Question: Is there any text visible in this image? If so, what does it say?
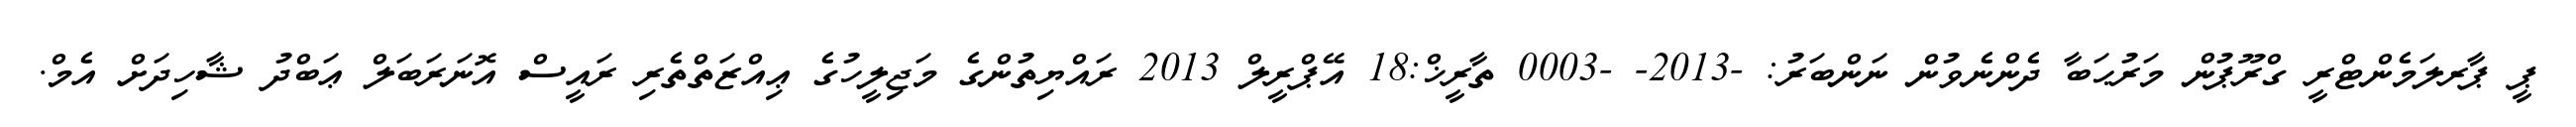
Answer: ޕީ ޕާރލަމެންޓްރީ ގްރޫޕުން މަރުޙަބާ ދެންނެވުން ނަންބަރު: -2013- -0003 ތާރީޚް:18 އޭޕްރީލް 2013 ރައްޔިތުންގެ މަޖިލީހުގެ ޢިއްޒަތްތެރި ރައީސް އޮނަރަބަލް ޢަބްދު ޝާހިދަށް އެމް.